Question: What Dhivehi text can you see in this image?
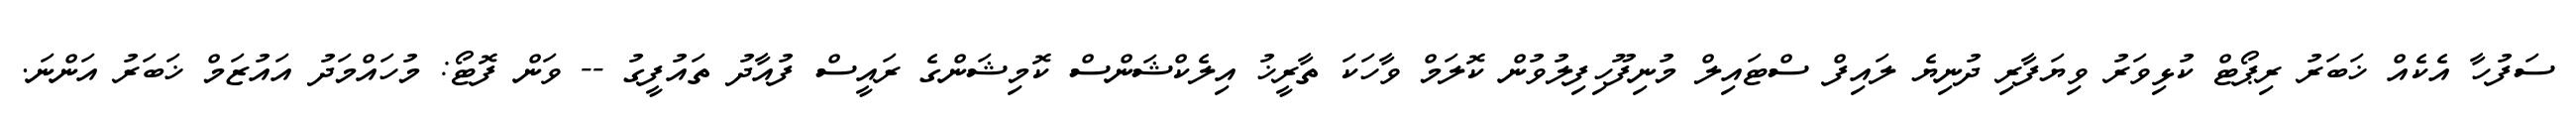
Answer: ސަފުހާ އެކެއް ޚަބަރު ރިޕޯޓް ކުޅިވަރު ވިޔަފާރި ދުނިޔެ ލައިފް ސްޓައިލް މުނިފޫހިފިލުވުން ކޮލަމް ވާހަކަ ތާރީޚު އިލެކްޝަންސް ކޮމިޝަންގެ ރައީސް ފުއާދު ތައުފީގު -- ވަން ފޮޓޯ: މުހައްމަދު އައުޒަމް ޚަބަރު އަންނަ.